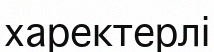
харектерлі